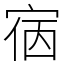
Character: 㝛